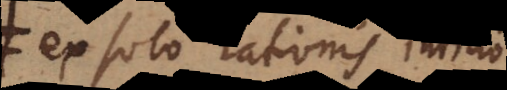
ex solo rationis iudicio